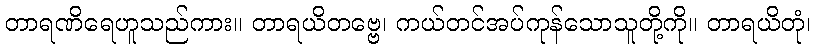
တာရဏိရေဟူသည်ကား။ တာရယိတဗ္ဗေ၊ ကယ်တင်အပ်ကုန်သောသူတို့ကို။ တာရယိတုံ၊